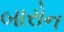
બારોન